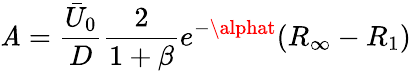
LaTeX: \mathit{A}=\frac{{\bar{{U}}_{0}}}{{D}}\frac{{2}}{{1+\beta}}e^{-\alphat}(R_{\infty}-R_{1})